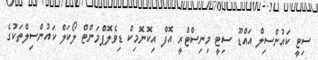
ސިޓީ ކައުންސިލް އައްޑޫ ސިޓީ މިނިސްޓްރީ އޮފް އިކޮނޮމިކް ޑިވެލޮޕްެމަންޓް ލޯކަލް ކައުންސިލްތަކުގެ